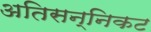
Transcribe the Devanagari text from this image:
अतिसन्निकट